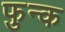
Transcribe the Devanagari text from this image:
फुन्क